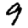
Digit: 9